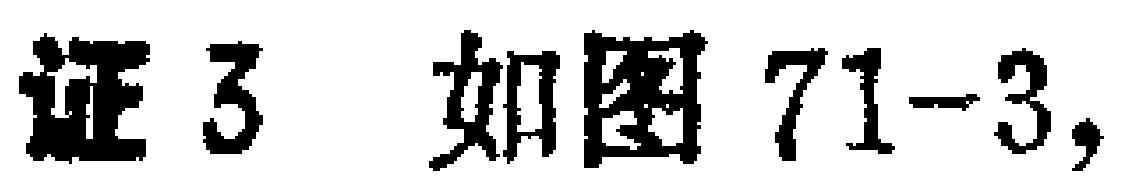
证3 如图71-3,